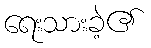
ရေးသားခဲ့၏